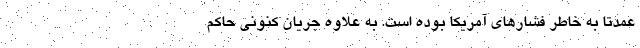
عمدتاً به خاطر فشارهای آمریکا بوده است. به علاوه جریان کنونی حاکم